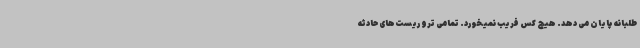
طلبانه پایان می دهد. هیچ کس فریب نمیخورد. تمامی تروریست‌های حادثه